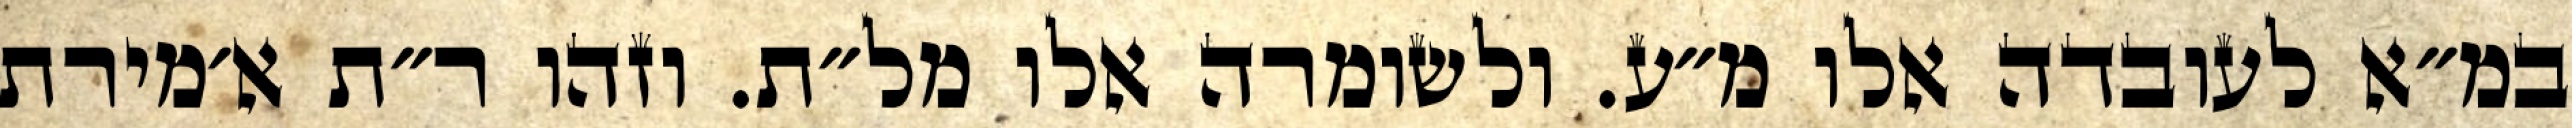
במ״א לעובדה אלו מ״ע. ולשומרה אלו מל״ת. וזהו ר״ת א׳מירת